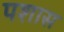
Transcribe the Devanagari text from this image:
पशास